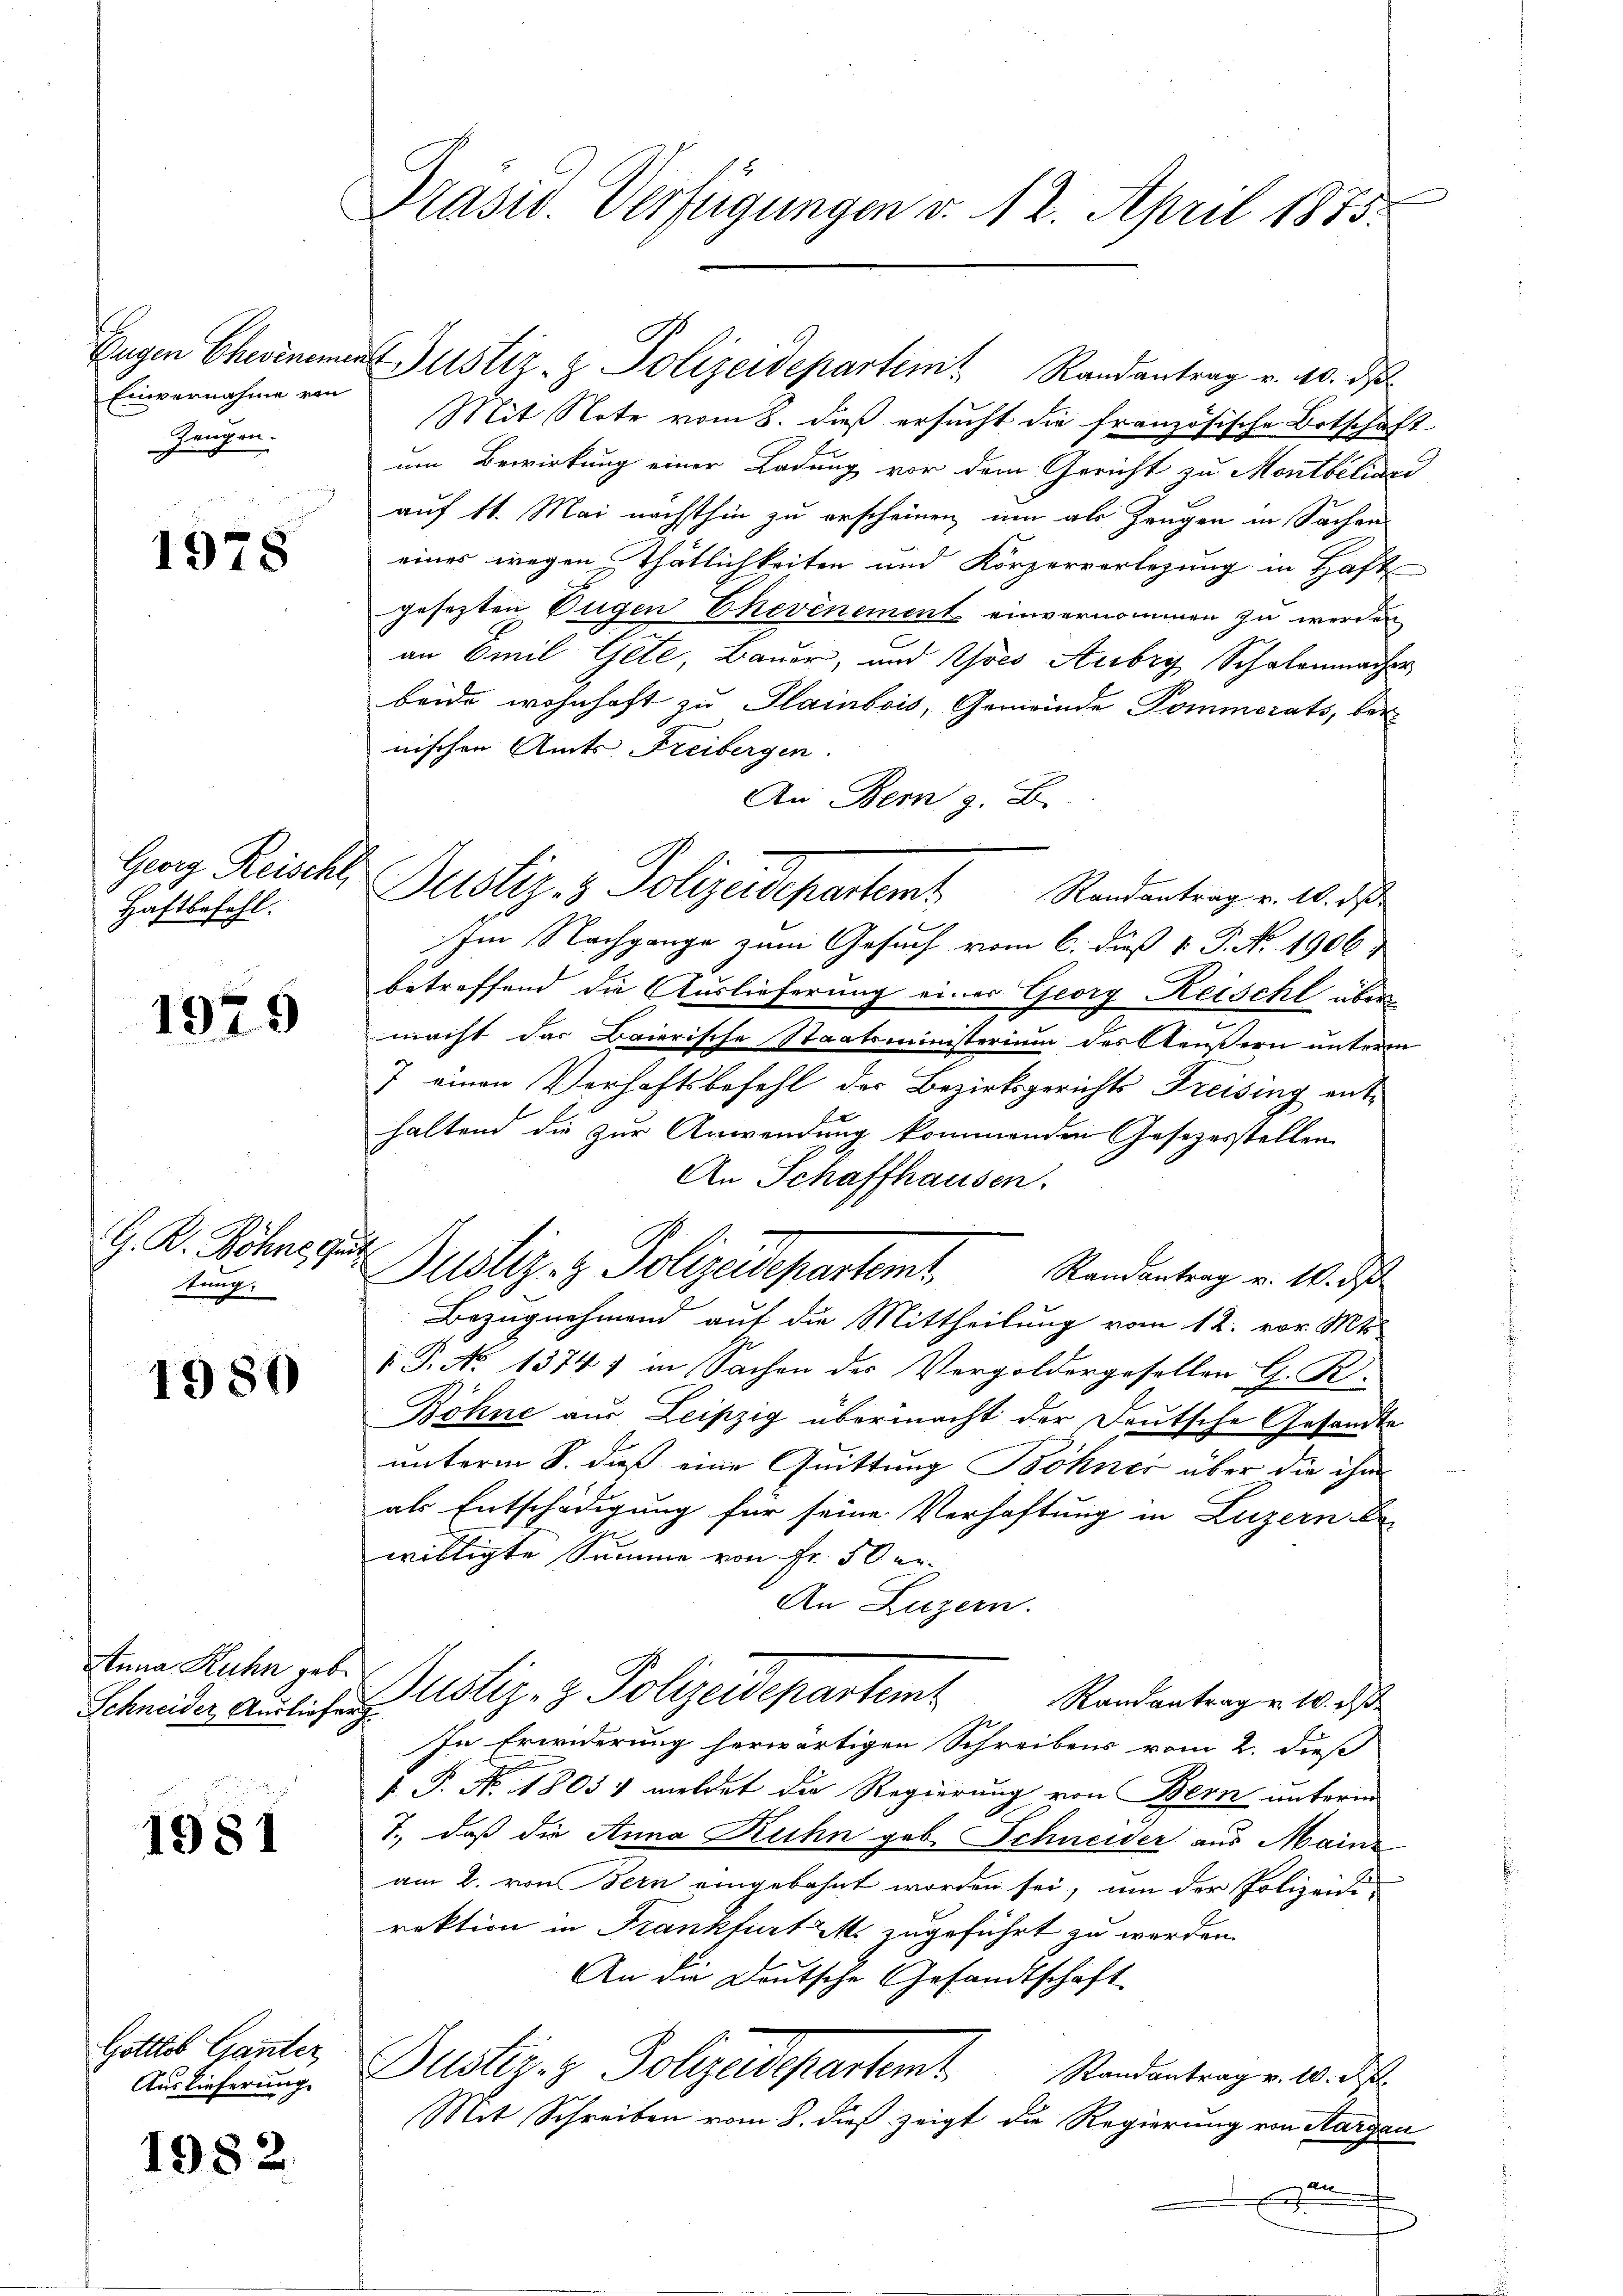
Eugen Cheimemen
Einvernahme von
C
Zeugen.

1978

Georg Reischt,
Haftbefehl.

1979

G. K. Söhne Gu
tung.

1980

Anna Kuhn geb.
Schneider Ausliefer

1981

Gottlob Ganter
Auslieferung.

1982.

Präsid. Verfügungen d. 12. April 1875.

Justiz- & Polizeidepartem Randantrag v. 10. ds
Mit Note vom 8. dieß ersucht die französische Ortschaft
um Bewirkung einer Ladung vor dem Gericht zu Montbiliari
auf 11. Mai nächsthin zu erscheinen, um als Zeugen in Sachen
eines wegen Thätlichkeiten und Körperverlegung in Haft
gesetzten Bügen Ehevénement einvernommen zu werden
an Emil Gete, Bauer, und Ihres Aubry Schalenmacher
beide wohnhaft zu Plambois, Gemeinde Pommerats, bei
nischen Amts- Freibergen.
An Bern z. B.
Justiz- & Polizeidepartem Randantrag v. 10. dβ
Im Nachgange zum Gesuch vom 6. dieß 1. P. No. 1906
betreffend die Auslieferung einer Georg Reischt über
macht das Baierische Staatsministerium des Aeußern unterm
7 einen Verhaftsbefehl der Bezirksgerichts Freising ent-
haltend die zur Anwendung kommenden Gesezesstellen
An Schaffhausen.
Justiz- & Polizeidepartemt. Standentrag v. M. d
Bezugnehmend auf die Mittheilung vom 12. vor. Mts.
.P. No 1374) in Sachen des Vergoldergesellen G. R.
Böhne aus Leipzig übermacht der Deutsche Gesandte
unterm 8. daß eine Quittung Bohner über die ihm
als Entschädigung für seine Verhaftung in Luzern
willigte Summe von Fr. 50 er-
An Luzern.
Justiz- & Polizeidepartem
Randantrag u. 10. ds
In Eriederung herwärtigen Schreibens vom 2. dieß
d. P. Nr. 18054 meldet die Regierung von Bern unterm
7., daß die Anna Ruhn geb. Schneider aus Mainz
am 2. von Bern eingebahnt worden sei, um der Polizeidirektion in Frankfurti zugeführt zu werden.
An die Deutsche Gesandtschaft
Justiz- & Polizeidepartemb. Standentrag v. 10. ds.
Mit Schreiben vom 8. dieß zeigt die Regierung von Aargau
All